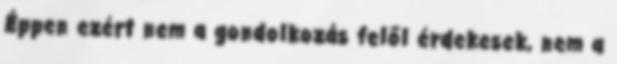
Éppen ezért nem a gondolkozás felől érdekesek, nem a